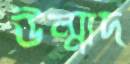
উন্মাদ